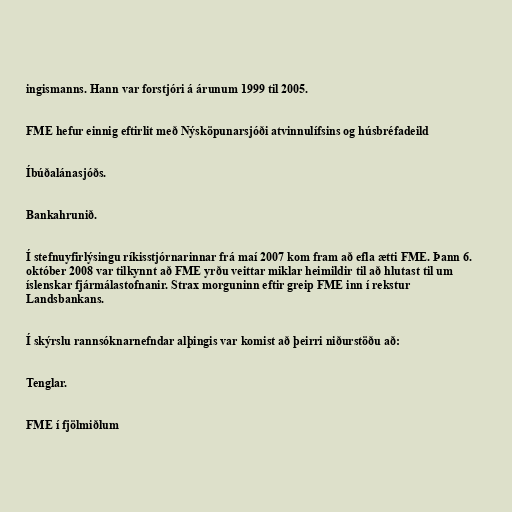
ingismanns. Hann var forstjóri á árunum 1999 til 2005.

FME hefur einnig eftirlit með Nýsköpunarsjóði atvinnulífsins og húsbréfadeild

Íbúðalánasjóðs.

Bankahrunið.

Í stefnuyfirlýsingu ríkisstjórnarinnar frá maí 2007 kom fram að efla ætti FME. Þann 6.
október 2008 var tilkynnt að FME yrðu veittar miklar heimildir til að hlutast til um
íslenskar fjármálastofnanir. Strax morguninn eftir greip FME inn í rekstur
Landsbankans.

Í skýrslu rannsóknarnefndar alþingis var komist að þeirri niðurstöðu að:

Tenglar.

FME í fjölmiðlum